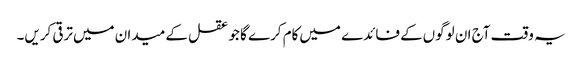
یہ وقت آج ان لوگوں‌کے فائدے میں‌کام کرے گا جو عقل کے میدان میں‌ترقی کریں۔